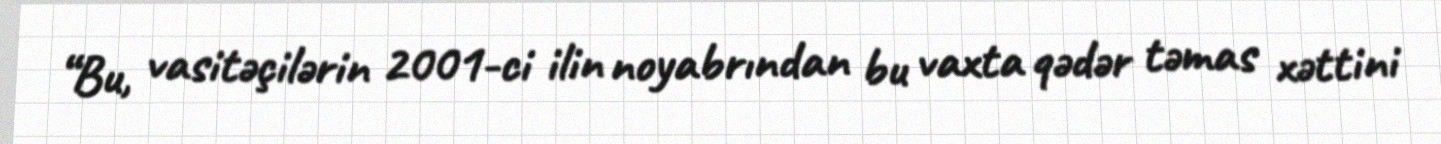
“Bu, vasitəçilərin 2001-ci ilin noyabrından bu vaxta qədər təmas xəttini